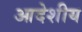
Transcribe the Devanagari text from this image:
आदेशीय